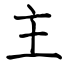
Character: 主